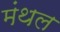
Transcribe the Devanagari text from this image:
मंथल